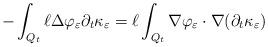
LaTeX: \begin{align*} - \int_{Q_t} \ell \Delta \varphi_{\varepsilon} \partial_t\kappa_{\varepsilon} = \ell \int_{Q_t} \nabla \varphi_{\varepsilon} \cdot \nabla(\partial_t\kappa_{\varepsilon} )\end{align*}